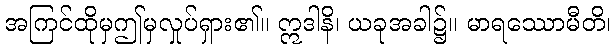
အကြင်ထိုမှဤမှလှုပ်ရှား၏။ ဣဒါနိ၊ ယခုအခါ၌။ မာရဿောမီတိ၊